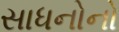
સાધનોનો